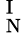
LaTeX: _{\mathrm{~N~}}^{\mathrm{~I~}}